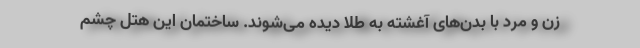
زن و مرد با بدن‌های آغشته به طلا دیده می‌شوند. ساختمان این هتل چشم